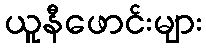
ယူနီဖောင်းများ